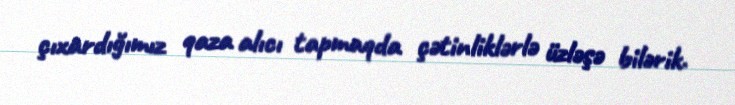
çıxardığımız qaza alıcı tapmaqda çətinliklərlə üzləşə bilərik.